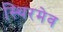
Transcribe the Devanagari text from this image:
स्थिरमेव